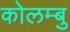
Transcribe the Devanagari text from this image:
कोलम्बु